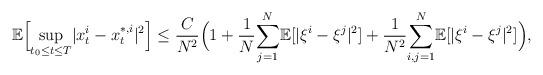
LaTeX: \begin{align*}\mathbb{E}\Big[\underset{t_0\leq t\leq T}{\sup}|x_t^i-x_t^{*,i}|^2\Big]\leq\frac{C}{N^2}\Big(1+\frac{1}{N}\underset{j=1}{\overset{N}\sum}\mathbb{E}[|\xi^i-\xi^j|^2]+\frac{1}{N^2}\underset{i,j=1}{\overset{N}{\sum}}\mathbb{E}[|\xi^{i}-\xi^{j}|^2]\Big),\end{align*}